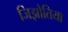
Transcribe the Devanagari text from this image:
जिझोतिया